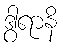
ဒွါရာနိ